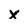
Character: X